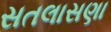
સતલાસણા